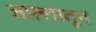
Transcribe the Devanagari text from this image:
अफ़्लातून